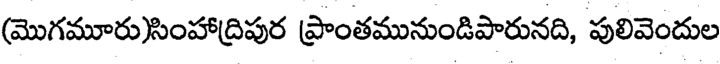
(మొగమూరు)సింహాద్రిపుర ప్రాంతమునుండిపారునది, పులివెందుల